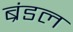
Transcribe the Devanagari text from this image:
ब्रंडल